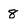
Character: 8